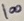
Text: 100